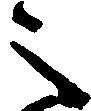
之